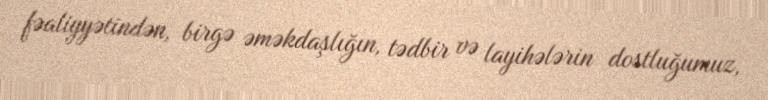
fəaliyyətindən, birgə əməkdaşlığın, tədbir və layihələrin dostluğumuz,